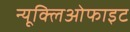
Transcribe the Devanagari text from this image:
न्यूक्लिओफाइट